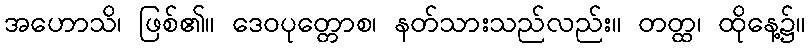
အဟောသိ၊ ဖြစ်၏။ ဒေဝပုတ္တောစ၊ နတ်သားသည်လည်း။ တတ္ထ၊ ထိုနေ့၌။